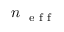
n _ { \mathrm { ~ \scriptsize ~ e ~ f ~ f ~ } }